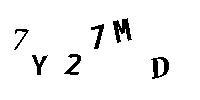
7Y27MD